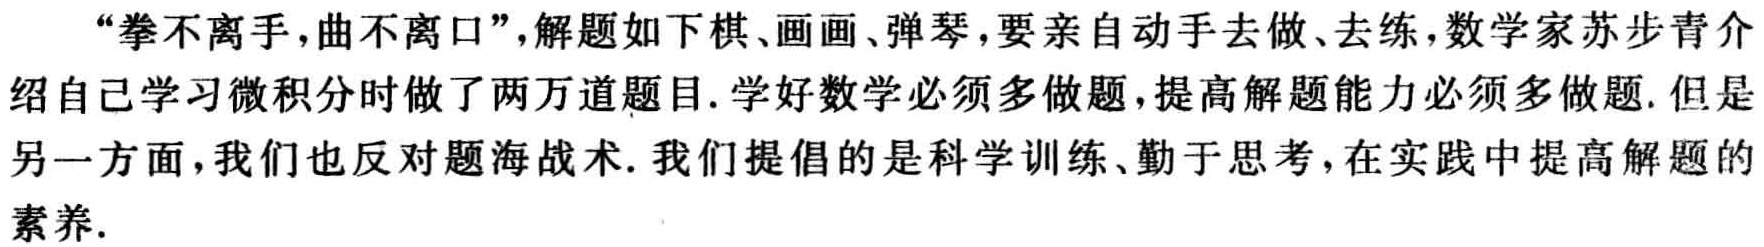
“拳不离手,曲不离口”，解题如下棋、画画、弹琴,要亲自动手去做、去练,数学家苏步青介绍自己学习微积分时做了两万道题目. 学好数学必须多做题,提高解题能力必须多做题. 但是另一方面,我们也反对题海战术. 我们提倡的是科学训练、勤于思考,在实践中提高解题的素养.